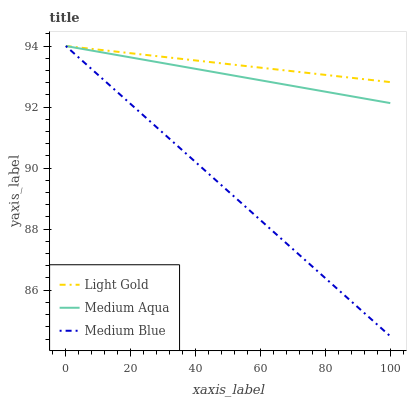
| xaxis_label | Light Gold | Medium Aqua | Medium Blue |
 | --- | --- | --- | --- |
 | 0 | 94 | 94 | 94 |
 | 9.09 | 93.9 | 93.8 | 93.1 |
 | 18.2 | 93.8 | 93.7 | 92.3 |
 | 27.3 | 93.7 | 93.5 | 91.4 |
 | 36.4 | 93.6 | 93.3 | 90.5 |
 | 45.5 | 93.5 | 93.1 | 89.7 |
 | 54.5 | 93.4 | 93 | 88.8 |
 | 63.6 | 93.2 | 92.8 | 87.9 |
 | 72.7 | 93.1 | 92.6 | 87.1 |
 | 81.8 | 93 | 92.5 | 86.2 |
 | 90.9 | 92.9 | 92.3 | 85.4 |
 | 100 | 92.8 | 92.1 | 84.5 |